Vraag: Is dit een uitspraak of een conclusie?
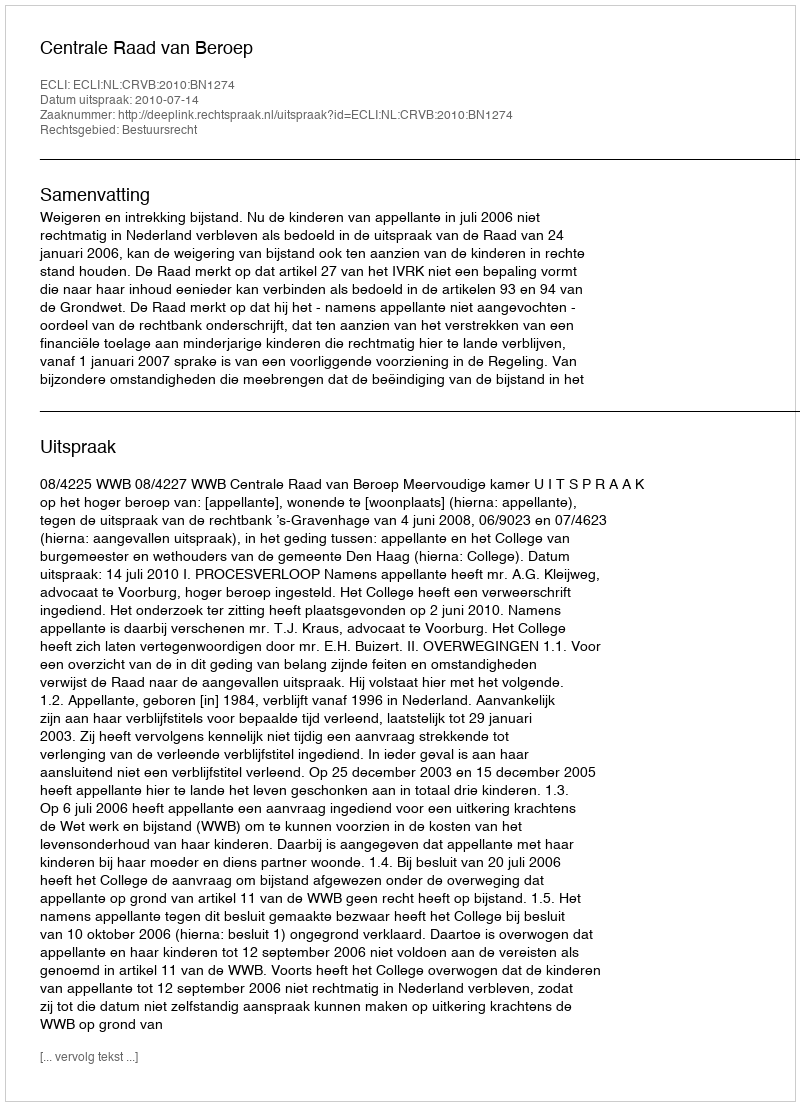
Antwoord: Uitspraak